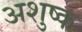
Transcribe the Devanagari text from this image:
अशुष्क